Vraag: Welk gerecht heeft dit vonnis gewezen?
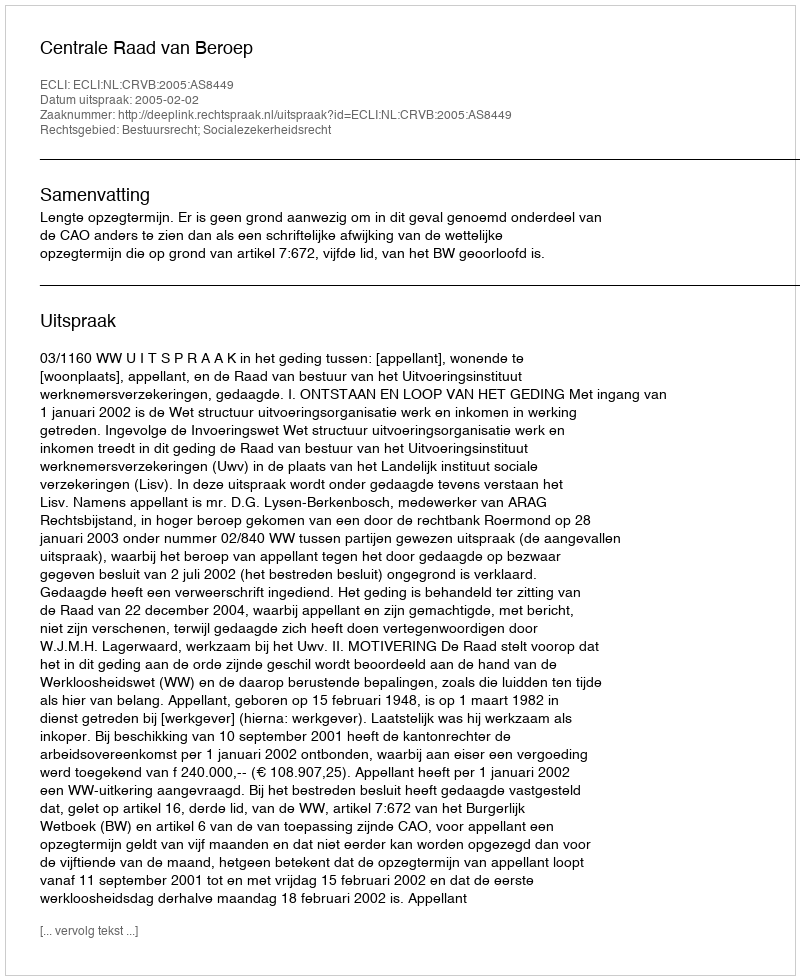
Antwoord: Centrale Raad van Beroep